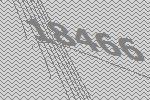
18466